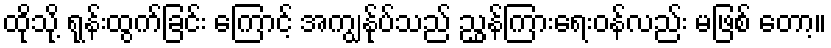
ထိုသို့ ရုန်းထွက်ခြင်း ကြောင့် အကျွန်ုပ်သည် ညွှန်ကြားရေးဝန်လည်း မဖြစ် တော့။